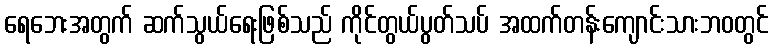
ရေဘေးအတွက် ဆက်သွယ်ရေးဖြစ်သည် ကိုင်တွယ်ပွတ်သပ် အထက်တန်းကျောင်းသားဘဝတွင်